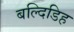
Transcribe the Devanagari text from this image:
बल्दिडिह